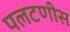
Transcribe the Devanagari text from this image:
पलटणीस